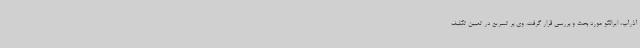
آذرآب، ایرالکو مورد بحث و بررسی قرار گرفت. وی بر تسریع در تعیین تکلیف